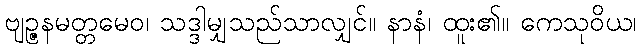
ဗျဉ္ဇနမတ္တမေဝ၊ သဒ္ဒါမျှသည်သာလျှင်။ နာနံ၊ ထူး၏။ ကေသုဝိယ၊